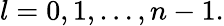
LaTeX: l=0,1,\ldots,n-1.